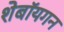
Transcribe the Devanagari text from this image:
शेबॉयगन